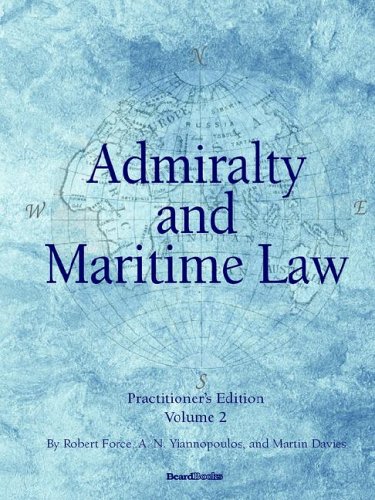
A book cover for Admiralty and Maritime Law, Volume 2; Robert Force; Law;